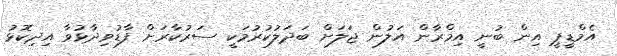
އެމްޑީޕީ އިން ބުނީ އިމްރާން އަލުން ޖަލަށް ބަދަލުކުރުމަކީ ސަރުކާރަށް ފާޑުވިދާޅުވާ އިދިކޮޅު